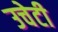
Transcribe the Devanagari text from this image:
उचेटी